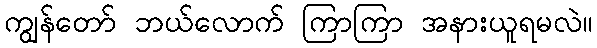
ကျွန်တော် ဘယ်လောက် ကြာကြာ အနားယူရမလဲ။